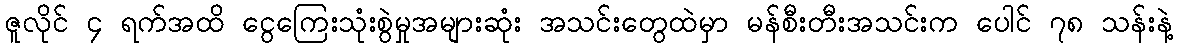
ဇူလိုင် ၄ ရက်အထိ ငွေကြေးသုံးစွဲမှုအများဆုံး အသင်းတွေထဲမှာ မန်စီးတီးအသင်းက ပေါင် ၇၈ သန်းနဲ့